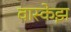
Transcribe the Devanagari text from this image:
वास्केझ